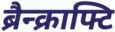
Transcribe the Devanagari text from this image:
ब्रैन्क्राफ्टि